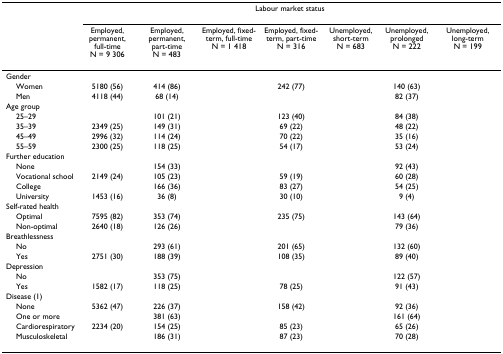
<table><thead><tr><td>[EMPTY_CELL]</td><td colspan="7"><b>Labour market status</b></td></tr><tr><td>[EMPTY_CELL]</td><td><b>Employed, permanent, full-time N = 9 306</b></td><td><b>Employed, permanent, part-time N = 483</b></td><td><b>Employed, fixed-term, full-time N = 1 418</b></td><td><b>Employed, fixed-term, part-time N = 316</b></td><td><b>Unemployed, short-term N = 683</b></td><td><b>Unemployed, prolonged N = 222</b></td><td><b>Unemployed, long-term N = 199</b></td></tr></thead><tbody><tr><td>Gender</td><td>[EMPTY_CELL]</td><td>[EMPTY_CELL]</td><td>[EMPTY_CELL]</td><td>[EMPTY_CELL]</td><td>[EMPTY_CELL]</td><td>[EMPTY_CELL]</td><td>[EMPTY_CELL]</td></tr><tr><td> Women</td><td>5180 (56)</td><td>414 (86)</td><td>[EMPTY_CELL]</td><td>242 (77)</td><td>[EMPTY_CELL]</td><td>140 (63)</td><td>[EMPTY_CELL]</td></tr><tr><td> Men</td><td>4118 (44)</td><td>68 (14)</td><td>[EMPTY_CELL]</td><td>[EMPTY_CELL]</td><td>[EMPTY_CELL]</td><td>82 (37)</td><td>[EMPTY_CELL]</td></tr><tr><td>Age group</td><td>[EMPTY_CELL]</td><td>[EMPTY_CELL]</td><td>[EMPTY_CELL]</td><td>[EMPTY_CELL]</td><td>[EMPTY_CELL]</td><td>[EMPTY_CELL]</td><td>[EMPTY_CELL]</td></tr><tr><td> 25–29</td><td>[EMPTY_CELL]</td><td>101 (21)</td><td>[EMPTY_CELL]</td><td>123 (40)</td><td>[EMPTY_CELL]</td><td>84 (38)</td><td>[EMPTY_CELL]</td></tr><tr><td> 35–39</td><td>2349 (25)</td><td>149 (31)</td><td>[EMPTY_CELL]</td><td>69 (22)</td><td>[EMPTY_CELL]</td><td>48 (22)</td><td>[EMPTY_CELL]</td></tr><tr><td> 45–49</td><td>2996 (32)</td><td>114 (24)</td><td>[EMPTY_CELL]</td><td>70 (22)</td><td>[EMPTY_CELL]</td><td>35 (16)</td><td>[EMPTY_CELL]</td></tr><tr><td> 55–59</td><td>2300 (25)</td><td>118 (25)</td><td>[EMPTY_CELL]</td><td>54 (17)</td><td>[EMPTY_CELL]</td><td>53 (24)</td><td>[EMPTY_CELL]</td></tr><tr><td>Further education</td><td>[EMPTY_CELL]</td><td>[EMPTY_CELL]</td><td>[EMPTY_CELL]</td><td>[EMPTY_CELL]</td><td>[EMPTY_CELL]</td><td>[EMPTY_CELL]</td><td>[EMPTY_CELL]</td></tr><tr><td> None</td><td>[EMPTY_CELL]</td><td>154 (33)</td><td>[EMPTY_CELL]</td><td>[EMPTY_CELL]</td><td>[EMPTY_CELL]</td><td>92 (43)</td><td>[EMPTY_CELL]</td></tr><tr><td> Vocational school</td><td>2149 (24)</td><td>105 (23)</td><td>[EMPTY_CELL]</td><td>59 (19)</td><td>[EMPTY_CELL]</td><td>60 (28)</td><td>[EMPTY_CELL]</td></tr><tr><td> College</td><td>[EMPTY_CELL]</td><td>166 (36)</td><td>[EMPTY_CELL]</td><td>83 (27)</td><td>[EMPTY_CELL]</td><td>54 (25)</td><td>[EMPTY_CELL]</td></tr><tr><td> University</td><td>1453 (16)</td><td>36 (8)</td><td>[EMPTY_CELL]</td><td>30 (10)</td><td>[EMPTY_CELL]</td><td>9 (4)</td><td>[EMPTY_CELL]</td></tr><tr><td>Self-rated health</td><td>[EMPTY_CELL]</td><td>[EMPTY_CELL]</td><td>[EMPTY_CELL]</td><td>[EMPTY_CELL]</td><td>[EMPTY_CELL]</td><td>[EMPTY_CELL]</td><td>[EMPTY_CELL]</td></tr><tr><td> Optimal</td><td>7595 (82)</td><td>353 (74)</td><td>[EMPTY_CELL]</td><td>235 (75)</td><td>[EMPTY_CELL]</td><td>143 (64)</td><td>[EMPTY_CELL]</td></tr><tr><td> Non-optimal</td><td>2640 (18)</td><td>126 (26)</td><td>[EMPTY_CELL]</td><td>[EMPTY_CELL]</td><td>[EMPTY_CELL]</td><td>79 (36)</td><td>[EMPTY_CELL]</td></tr><tr><td>Breathlessness</td><td>[EMPTY_CELL]</td><td>[EMPTY_CELL]</td><td>[EMPTY_CELL]</td><td>[EMPTY_CELL]</td><td>[EMPTY_CELL]</td><td>[EMPTY_CELL]</td><td>[EMPTY_CELL]</td></tr><tr><td> No</td><td>[EMPTY_CELL]</td><td>293 (61)</td><td>[EMPTY_CELL]</td><td>201 (65)</td><td>[EMPTY_CELL]</td><td>132 (60)</td><td>[EMPTY_CELL]</td></tr><tr><td> Yes</td><td>2751 (30)</td><td>188 (39)</td><td>[EMPTY_CELL]</td><td>108 (35)</td><td>[EMPTY_CELL]</td><td>89 (40)</td><td>[EMPTY_CELL]</td></tr><tr><td>Depression</td><td>[EMPTY_CELL]</td><td>[EMPTY_CELL]</td><td>[EMPTY_CELL]</td><td>[EMPTY_CELL]</td><td>[EMPTY_CELL]</td><td>[EMPTY_CELL]</td><td>[EMPTY_CELL]</td></tr><tr><td> No</td><td>[EMPTY_CELL]</td><td>353 (75)</td><td>[EMPTY_CELL]</td><td>[EMPTY_CELL]</td><td>[EMPTY_CELL]</td><td>122 (57)</td><td>[EMPTY_CELL]</td></tr><tr><td> Yes</td><td>1582 (17)</td><td>118 (25)</td><td>[EMPTY_CELL]</td><td>78 (25)</td><td>[EMPTY_CELL]</td><td>91 (43)</td><td>[EMPTY_CELL]</td></tr><tr><td>Disease (1)</td><td>[EMPTY_CELL]</td><td>[EMPTY_CELL]</td><td>[EMPTY_CELL]</td><td>[EMPTY_CELL]</td><td>[EMPTY_CELL]</td><td>[EMPTY_CELL]</td><td>[EMPTY_CELL]</td></tr><tr><td> None</td><td>5362 (47)</td><td>226 (37)</td><td>[EMPTY_CELL]</td><td>158 (42)</td><td>[EMPTY_CELL]</td><td>92 (36)</td><td>[EMPTY_CELL]</td></tr><tr><td> One or more</td><td>[EMPTY_CELL]</td><td>381 (63)</td><td>[EMPTY_CELL]</td><td>[EMPTY_CELL]</td><td>[EMPTY_CELL]</td><td>161 (64)</td><td>[EMPTY_CELL]</td></tr><tr><td> Cardiorespiratory</td><td>2234 (20)</td><td>154 (25)</td><td>[EMPTY_CELL]</td><td>85 (23)</td><td>[EMPTY_CELL]</td><td>65 (26)</td><td>[EMPTY_CELL]</td></tr><tr><td> Musculoskeletal</td><td>[EMPTY_CELL]</td><td>186 (31)</td><td>[EMPTY_CELL]</td><td>87 (23)</td><td>[EMPTY_CELL]</td><td>70 (28)</td><td>[EMPTY_CELL]</td></tr></tbody></table>